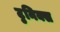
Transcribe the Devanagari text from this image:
टुनिक्स